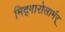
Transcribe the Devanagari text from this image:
मिद्गारोसार्मर्